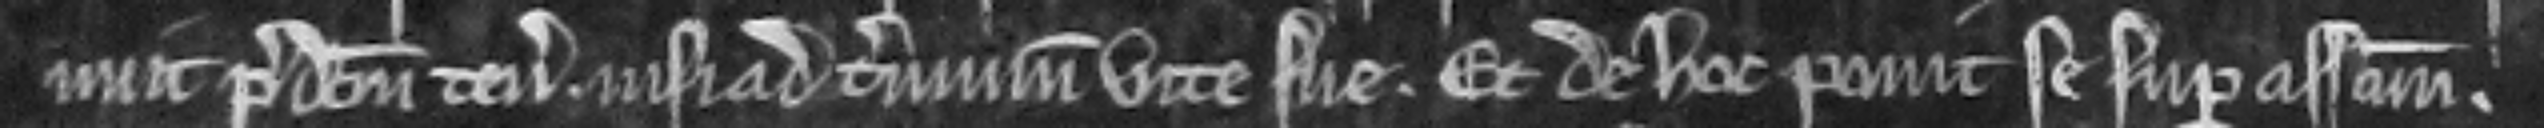
nuit predictum tenementum. nisi ad terminum vite sue. Et de hoc ponit se super assisam.